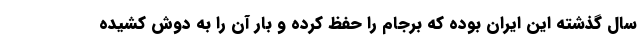
سال گذشته این ایران بوده که برجام را حفظ کرده و بار آن را به دوش کشیده